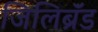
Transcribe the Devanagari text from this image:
जिलिब्रॅंड